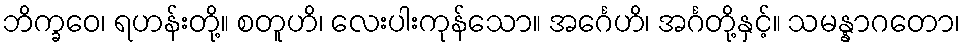
ဘိက္ခဝေ၊ ရဟန်းတို့။ စတူဟိ၊ လေးပါးကုန်သော။ အင်္ဂေဟိ၊ အင်္ဂတို့နှင့်။ သမန္နာဂတော၊